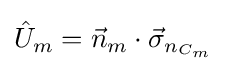
{\hat {U}}_{m}={\vec {n}}_{m}\cdot {\vec {\sigma }}_{n_{C_{m}}}